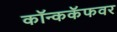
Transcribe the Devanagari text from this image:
कॉन्ककॅफवर